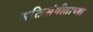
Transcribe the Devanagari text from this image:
भक्तिसंगीताच्या